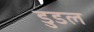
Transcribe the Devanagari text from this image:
डुडल